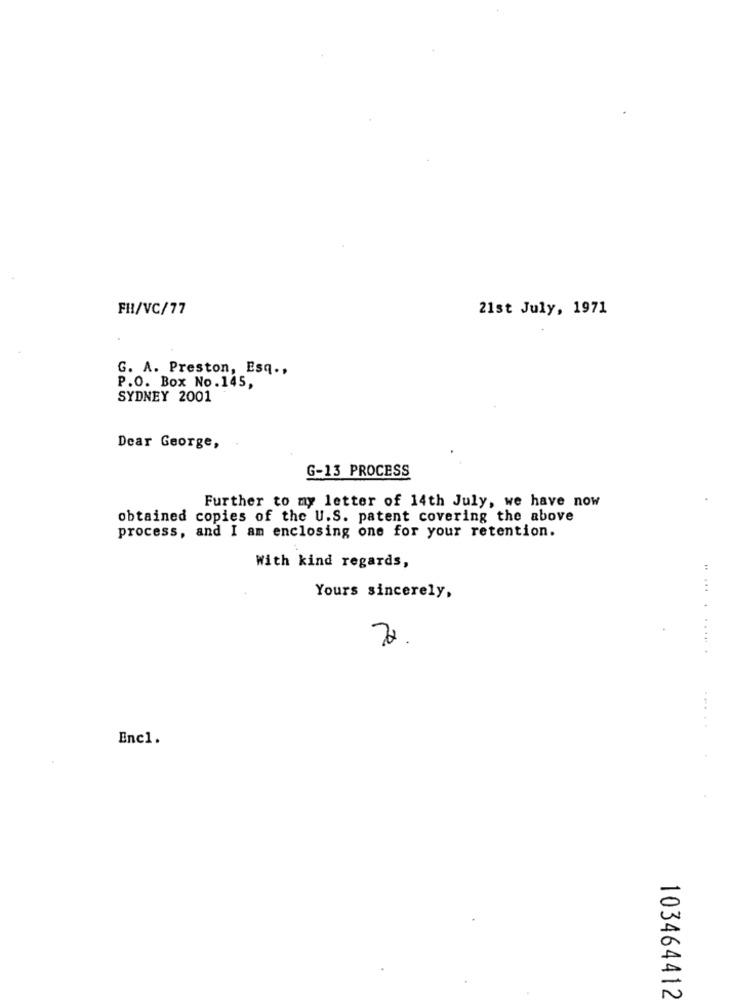
FH/VC/77
21st July, 1971
G. A. Preston, Esq .,
P.O. Box No.145,
SYDNEY 2001
Dear George,
G-13 PROCESS
Further to my letter of 14th July, we have now
obtained copies of the U.S. patent covering the above
process, and I am enclosing one for your retention.
With kind regards,
Yours sincerely,
..... .
Enc1.
103464412